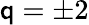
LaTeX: \mathsf{q}=\pm2